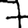
Digit: 7